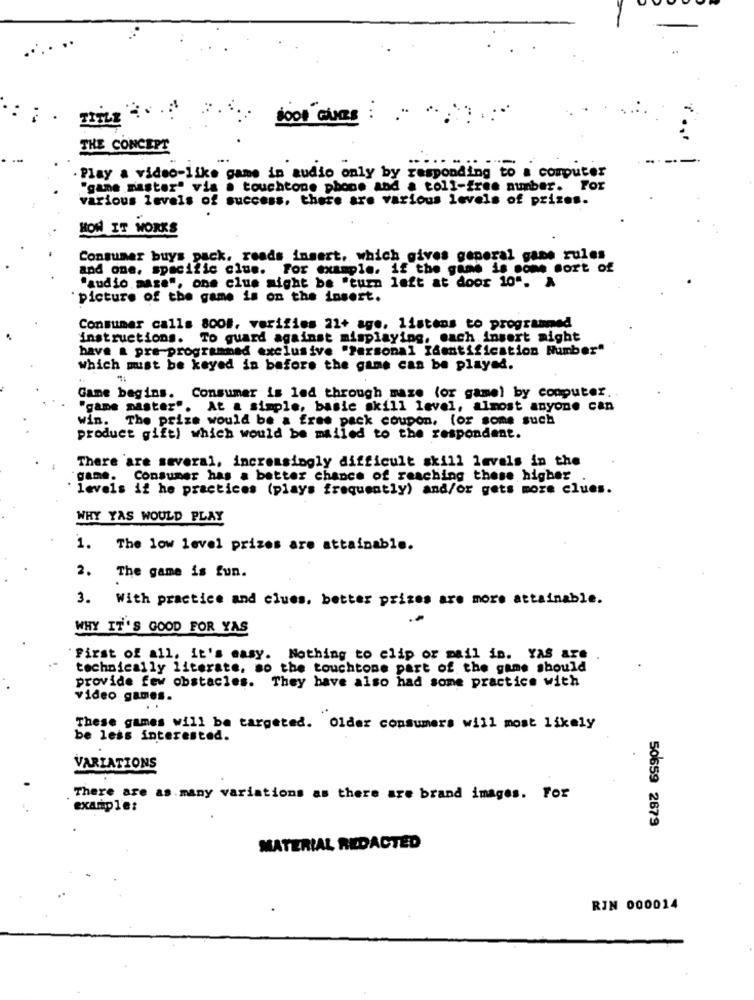
Boot OURS
THE CONCEPT
Play a video-like game in audio only by responding to a computer
"game master" vis . touchtone phone and a toll-free number. For
various levels of success, there are various levels of prizes.
HOW IT WORKS
Consumer buys pack, reads insert, which gives general game rules
and one. specific clue. For example. if the game is
Is some Sort of
"audio mare", one clus might be "turn left at door 10". &
picture of the game is on the insert.
Consumar calls 8001, verifies 22+ age, listens to programmed
instructions. To guard against misplaying, mach insert might
have a pre-programmed exclusive "Personal Identification Number"
which must be keyed in before the game can be played.
Game begins. Consumer is led through maze (or gamel by computer.
"game master". At a simple, basic skill level, almost anyone can
win. The prize would be a free pack coupon, for some such
product gift) which would be mailed to the respondent.
There are several, increasingly difficult skill levels in the
game.
Consumer has a better chance of reaching these higher
levels if he practices (plays frequently) and/or gets more clues.
WHY YAS WOULD PLAY
1. The low level prizes are attainable.
2.
The game is fun.
3.
With practice and clues. better prizes are more attainable.
WHY IT'S GOOD FOR YAS
First of all, it's easy. Nothing to clip or mail in. YAS are
technically literate, so the touchtone part of the game should
provide few obstacles. They have also had some practice with
video games.
..
These games will be targeted. Older consumers will most likely
be less interested.
VARIATIONS
There are as.many variations as there are brand images. For
example:
50659 2679
MATERIAL REDACTED
RJN 000014